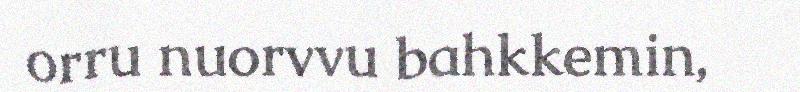
orru nuorvvu bahkkemin,